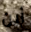
أين